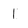
Character: 1